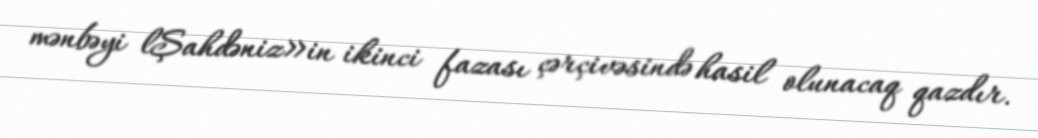
mənbəyi lŞahdəniz»in ikinci fazası çərçivəsində hasil olunacaq qazdır.